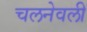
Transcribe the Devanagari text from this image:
चलनेवली